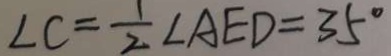
\angle C = \frac { 1 } { 2 } \angle A E D = 3 5 ^ { \circ }